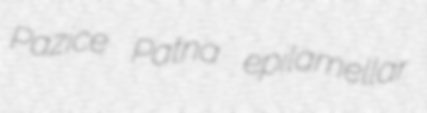
Pazice Patna epilamellar